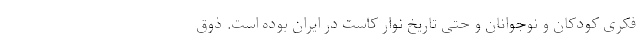
فکری کودکان و نوجوانان و حتی تاریخ نوار کاست در ایران بوده است. ذوق